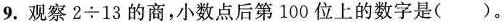
9.观察$$2"\div"13$$的商，小数点后第100位上的数字是()。